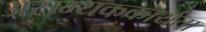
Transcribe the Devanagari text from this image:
असम्यककार्यता